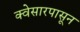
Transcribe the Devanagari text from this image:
क्वेसारपासून